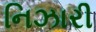
નિઝારી